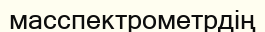
масспектрометрдің